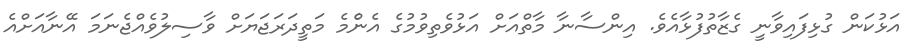
އަޅުކަން ގުޅިފައިވާނީ ގެޒާތުފުޅާއެވެ. އިންސާނާ މާތްއަށް އަޅުވެތިވުމުގެ އެންެމެ މަތީދަރަޖަޔަށް ވާސިލުވެއްޖެނަމަ އޭނާއަށްއެ